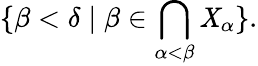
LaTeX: \displaystyle\{ \beta<\delta\mid\beta\in\bigcap_{\alpha<\beta}\mathit{X}_{\alpha}\} .